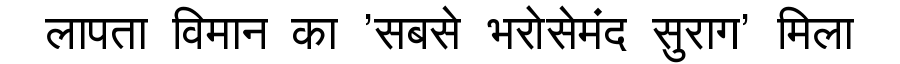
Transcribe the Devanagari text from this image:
लापता विमान का 'सबसे भरोसेमंद सुराग' मिला